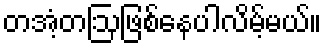
တအံ့တဩဖြစ်နေပါလိမ့်မယ်။